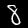
Digit: 8